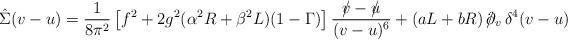
LaTeX: \begin{align*}\hat{\Sigma}(v-u)=\frac{1}{8\pi^2}\left[f^2+2g^2(\alpha^2R+\beta^2L)(1-\Gamma)\right]\frac{{\textstyle /\hspace{-2mm}v-/\hspace{-2mm}u}}{{\textstyle(v-u)^6}}+(aL+bR)\,/\hspace{-2mm}\partial_v\,\delta^4(v-u) \end{align*}